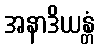
အနာဒိယန္တံ